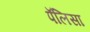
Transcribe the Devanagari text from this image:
पॅलिसा